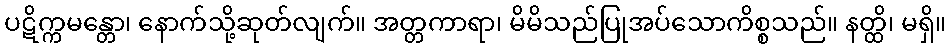
ပဋိက္ကမန္တော၊ နောက်သို့ဆုတ်လျက်။ အတ္တကာရာ၊ မိမိသည်ပြုအပ်သောကိစ္စသည်။ နတ္ထိ၊ မရှိ။